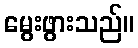
မွေးဖွားသည်။